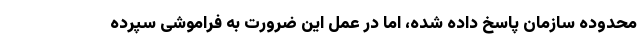
محدوده سازمان پاسخ داده شده، اما در عمل این ضرورت به فراموشی سپرده